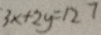
3 x + 2 y = 1 2 7